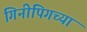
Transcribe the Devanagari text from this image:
गिनीपिगच्या